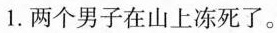
1.两个男子在山上冻死了.